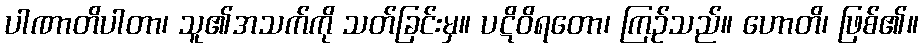
ပါဏာတိပါတာ၊ သူ၏အသက်ကို သတ်ခြင်းမှ။ ပဋိဝိရတော၊ ကြဉ်သည်။ ဟောတိ၊ ဖြစ်၏။